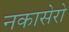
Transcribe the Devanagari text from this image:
नकासेरो